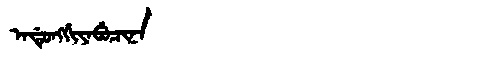
Manchu: ᠠᡩᡠᠩᡤᡳᠶᠠᠪᡠᠴᡳᠨᠠ
Romanization: ADUNGGIYABUCINA